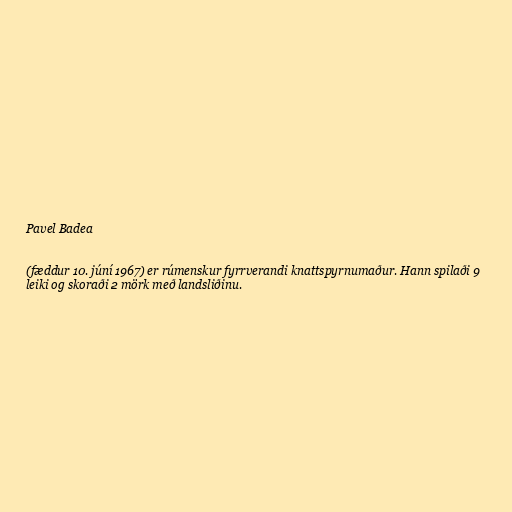
Pavel Badea

(fæddur 10. júní 1967) er rúmenskur fyrrverandi knattspyrnumaður. Hann spilaði 9
leiki og skoraði 2 mörk með landsliðinu.